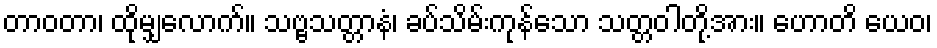
တာဝတာ၊ ထိုမျှလောက်။ သဗ္ဗသတ္တာနံ၊ ခပ်သိမ်းကုန်သော သတ္တဝါတို့အား။ ဟောတိ ယေဝ၊